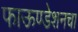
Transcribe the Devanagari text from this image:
फाऊण्डेशनचा